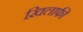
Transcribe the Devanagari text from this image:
ख़िलाफी